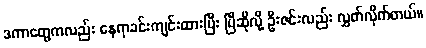
ဒကာတွေကလည်း နေရာခင်းကျင်းထားပြီး ပြီဆိုလို့ ဦးဇင်းလည်း လွှတ်လိုက်တယ်။